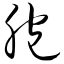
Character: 胞